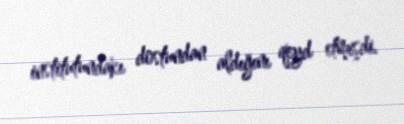
institutundakı dostundan aldığını qeyd etmişdi.